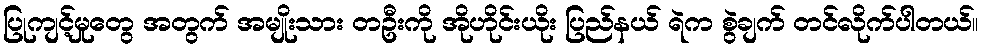
ပြုကျင့်မှုတွေ အတွက် အမျိုးသား တဦးကို အိုဟိုင်းယိုး ပြည်နယ် ရဲက စွဲချက် တင်လိုက်ပါတယ်။